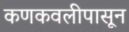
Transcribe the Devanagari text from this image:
कणकवलीपासून